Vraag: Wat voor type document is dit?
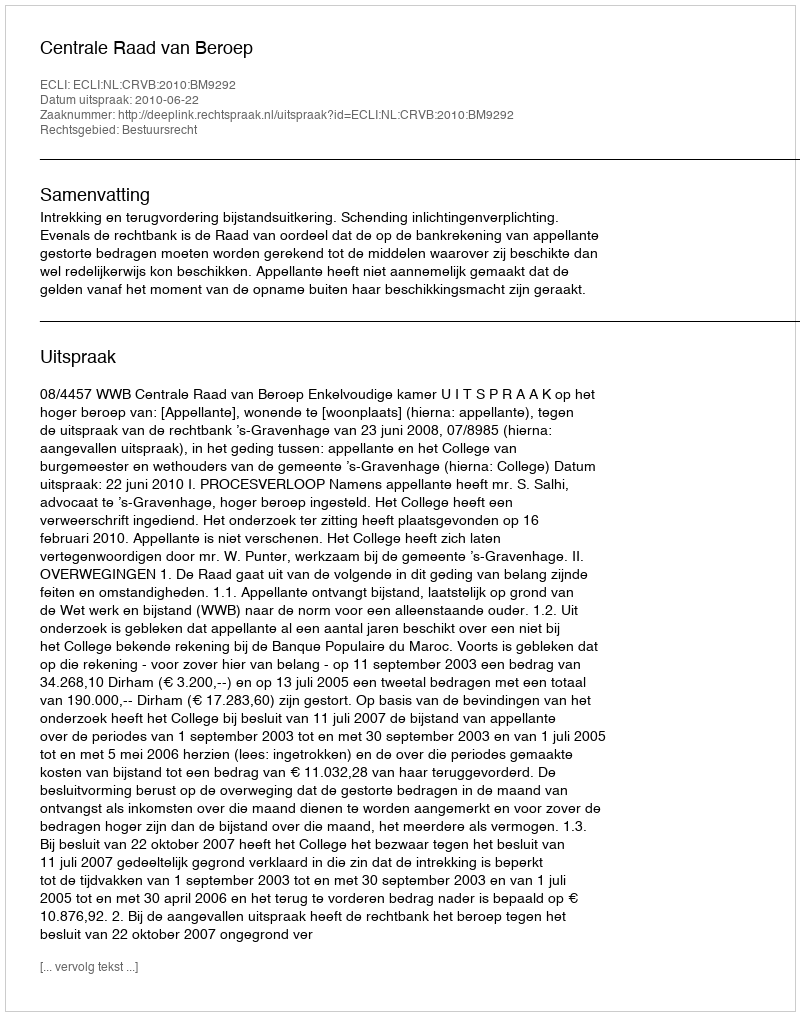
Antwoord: Uitspraak